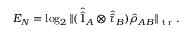
E _ { N } = \log _ { 2 } \| ( \hat { \hat { 1 } } _ { A } \otimes \hat { \hat { \tau } } _ { B } ) \hat { \rho } _ { A B } \| _ { \textrm { t r } } .